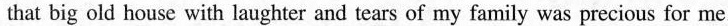
that big old house with laughter and tears of my family was precious for me.